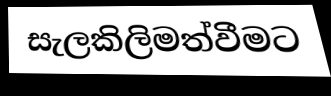
සැලකිලිමත්වීමට